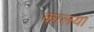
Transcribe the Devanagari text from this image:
कालया